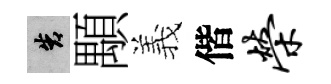
告顒義偕荣